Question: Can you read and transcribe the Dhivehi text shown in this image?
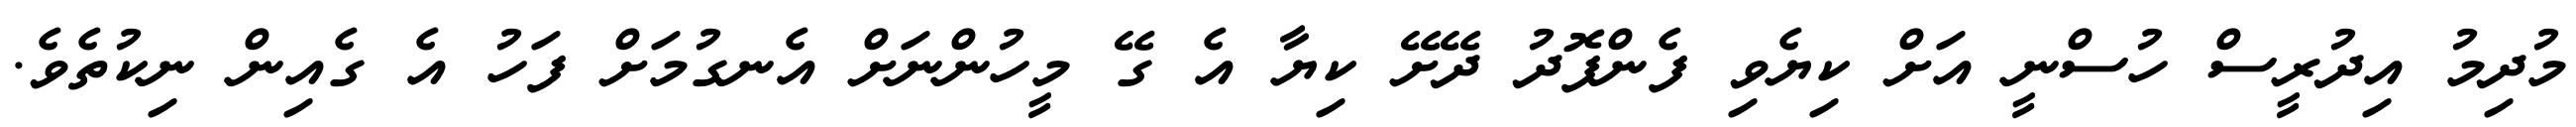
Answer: މުދިމު އިދުރީސް ހުސްނީ އަށް ކިޔެވި ފެންފޮދު ދޭށޭ ކިޔާ އެ ގޭ މީހުންނަށް އެނގުމަށް ފަހު އެ ގެއިން ނިކުތެވެ.